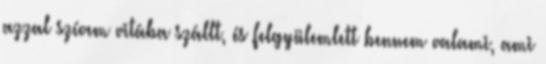
azzal szívem vitába szállt, és felgyülemlett bennem valami, ami